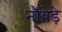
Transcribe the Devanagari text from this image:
नौबेड़े